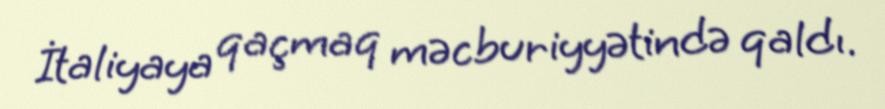
İtaliyaya qaçmaq məcburiyyətində qaldı.